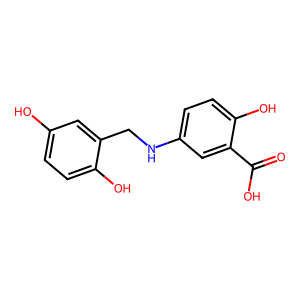
SMILES: O=C(O)c1cc(NCc2cc(O)ccc2O)ccc1O
Inhibits HIV replication: No